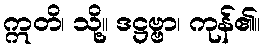
ဣတိ၊ သို့။ ဒဋ္ဌဗ္ဗာ၊ ကုန်၏။